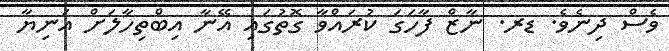
ވެސް ދިނެވެ. ޑރ. ނާޒް ފާހަގަ ކުރައްވާ ގޮތުގައި އޭނާ އިބްތިހާލަށް އަނިޔާ